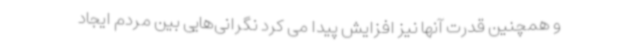
و همچنین قدرت آنها نیز افزایش پیدا می کرد نگرانی‌هایی بین مردم ایجاد